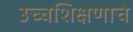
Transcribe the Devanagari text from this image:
उच्चशिक्षणाचे